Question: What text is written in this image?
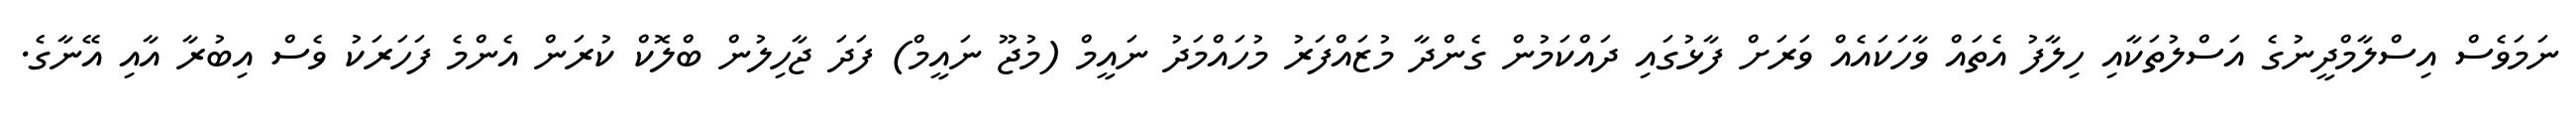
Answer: ނަމަވެސް އިސްލާމްދީނުގެ އަސްލުތަކާއި ހިލާފު އެތައް ވާހަކައެއް ވަރަށް ފާޅުގައި ދައްކަމުން ގެންދާ މުޒައްފަރު މުހައްމަދު ނައީމް (މުޖޫ ނައީމް) ފަދަ ޖާހިލުން ބްލޮކް ކުރަން އެންމެ ފަހަރަކު ވެސް އިބުރާ އާއި އޭނާގެ.